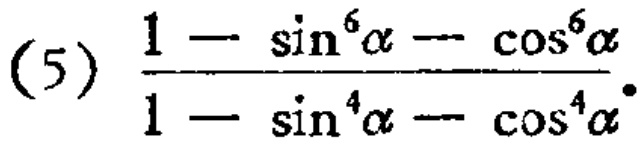
(5) $\frac{1 - \sin^{6}\alpha - \cos^{6}\alpha}{1 - \sin^{4}\alpha - \cos^{4}\alpha}$